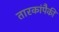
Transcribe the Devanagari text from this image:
तारकांपैकीं